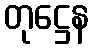
တုဋ္ဌေန